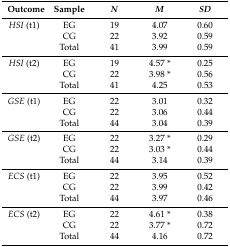
| Outcome | Sample | N | M | SD |
 | --- | --- | --- | --- | --- |
 | HSI (t1) | EG | 19 | 4.07 | 0.60 |
 |  | CG | 22 | 3.92 | 0.59 |
 |  | Total | 41 | 3.99 | 0.59 |
 | HSI (t2) | EG | 19 | 4.57 * | 0.25 |
 |  | CG | 22 | 3.98 * | 0.56 |
 |  | Total | 41 | 4.25 | 0.53 |
 | GSE (t1) | EG | 22 | 3.01 | 0.32 |
 |  | CG | 22 | 3.06 | 0.44 |
 |  | Total | 44 | 3.04 | 0.39 |
 | GSE (t2) | EG | 22 | 3.27 * | 0.29 |
 |  | CG | 22 | 3.03 * | 0.44 |
 |  | Total | 44 | 3.14 | 0.39 |
 | ECS (t1) | EG | 22 | 3.95 | 0.52 |
 |  | CG | 22 | 3.99 | 0.42 |
 |  | Total | 44 | 3.97 | 0.46 |
 | ECS (t2) | EG | 22 | 4.61 * | 0.38 |
 |  | CG | 22 | 3.77 * | 0.72 |
 |  | Total | 44 | 4.16 | 0.72 |